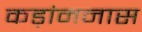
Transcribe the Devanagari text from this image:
कड़ांमनास